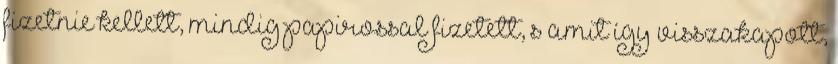
fizetnie kellett, mindig papirossal fizetett, s amit így visszakapott,